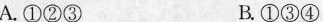
A. ①②③ B. ①③④